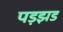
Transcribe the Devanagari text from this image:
पड़झड